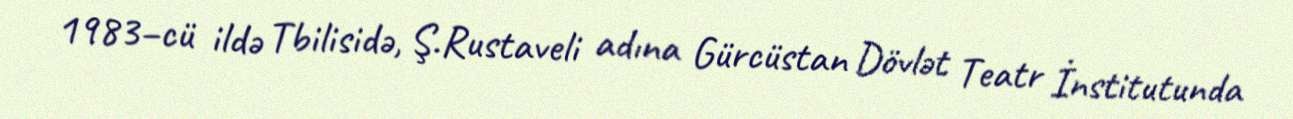
1983–cü ildə Tbilisidə, Ş.Rustaveli adına Gürcüstan Dövlət Teatr İnstitutunda